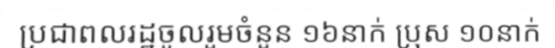
ប្រជាពលរដ្ឋចូលរួមចំនួន ១៦នាក់ ប្រុស ១០នាក់